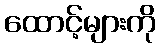
ထောင့်များကို